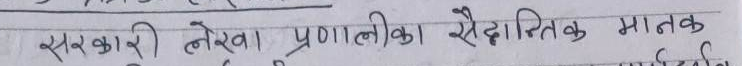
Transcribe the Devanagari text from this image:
सरकारी लेखा प्रणालीका सैद्धान्तिक मातक